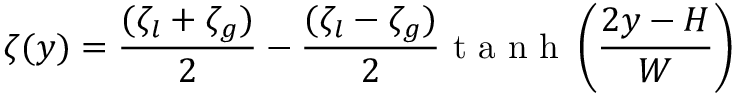
\zeta ( y ) = \frac { ( \zeta _ { l } + \zeta _ { g } ) } { 2 } - \frac { ( \zeta _ { l } - \zeta _ { g } ) } { 2 } \mathrm { ~ t ~ a ~ n ~ h ~ } \left( \frac { 2 y - H } { W } \right)